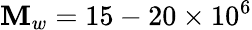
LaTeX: \mathbf{M}_{w}=15-20\times10^{6}